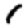
Digit: 1